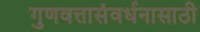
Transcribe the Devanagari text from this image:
गुणवत्तासंवर्धनासाठी